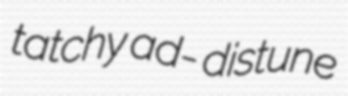
tatchy ad- distune